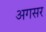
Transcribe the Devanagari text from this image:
अगसर